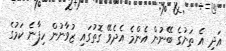
އަދި އެ ތަނުގެ ބޭނުން އެންމެ އެދެވޭ ގޮތުގައި ޒުވާނުން ހިފާނެ ކަމުގެ